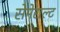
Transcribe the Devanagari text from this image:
सेमेराल्ट